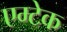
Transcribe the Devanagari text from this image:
एम्टेक